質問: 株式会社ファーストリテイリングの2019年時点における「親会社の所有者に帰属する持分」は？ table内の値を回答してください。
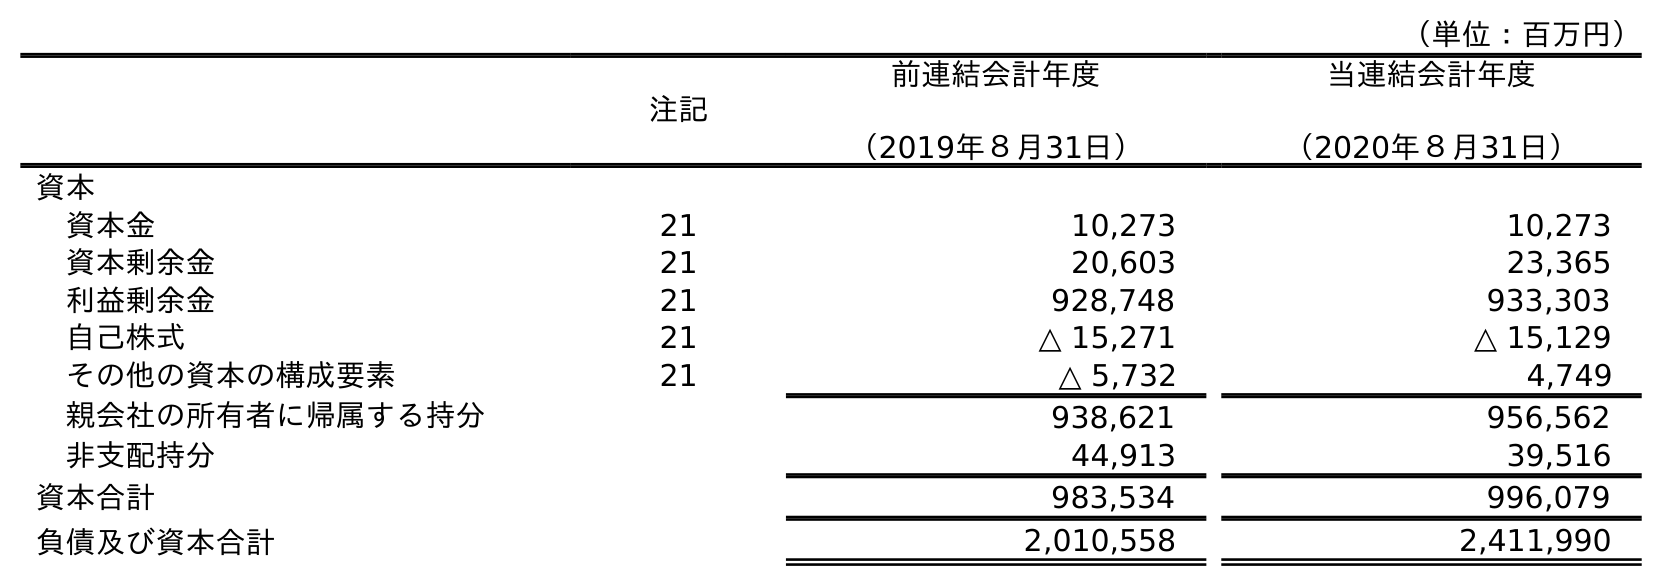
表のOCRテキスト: （単位：百万円） 注記 前連結会計年度 （2019年８月31日） 当連結会計年度 （2020年８月31日） 資本 資本金 21 10,273 10,273 資本剰余金 21 20,603 23,365 利益剰余金 21 928,748 933,303 自己株式 21 △ 15,271 △ 15,129 その他の資本の構成要素 21 △ 5,732 4,749 親会社の所有者に帰属する持分 938,621 956,562 非支配持分 44,913 39,516 資本合計 983,534 996,079 負債及び資本合計 2,010,558 2,411,990
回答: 938,621